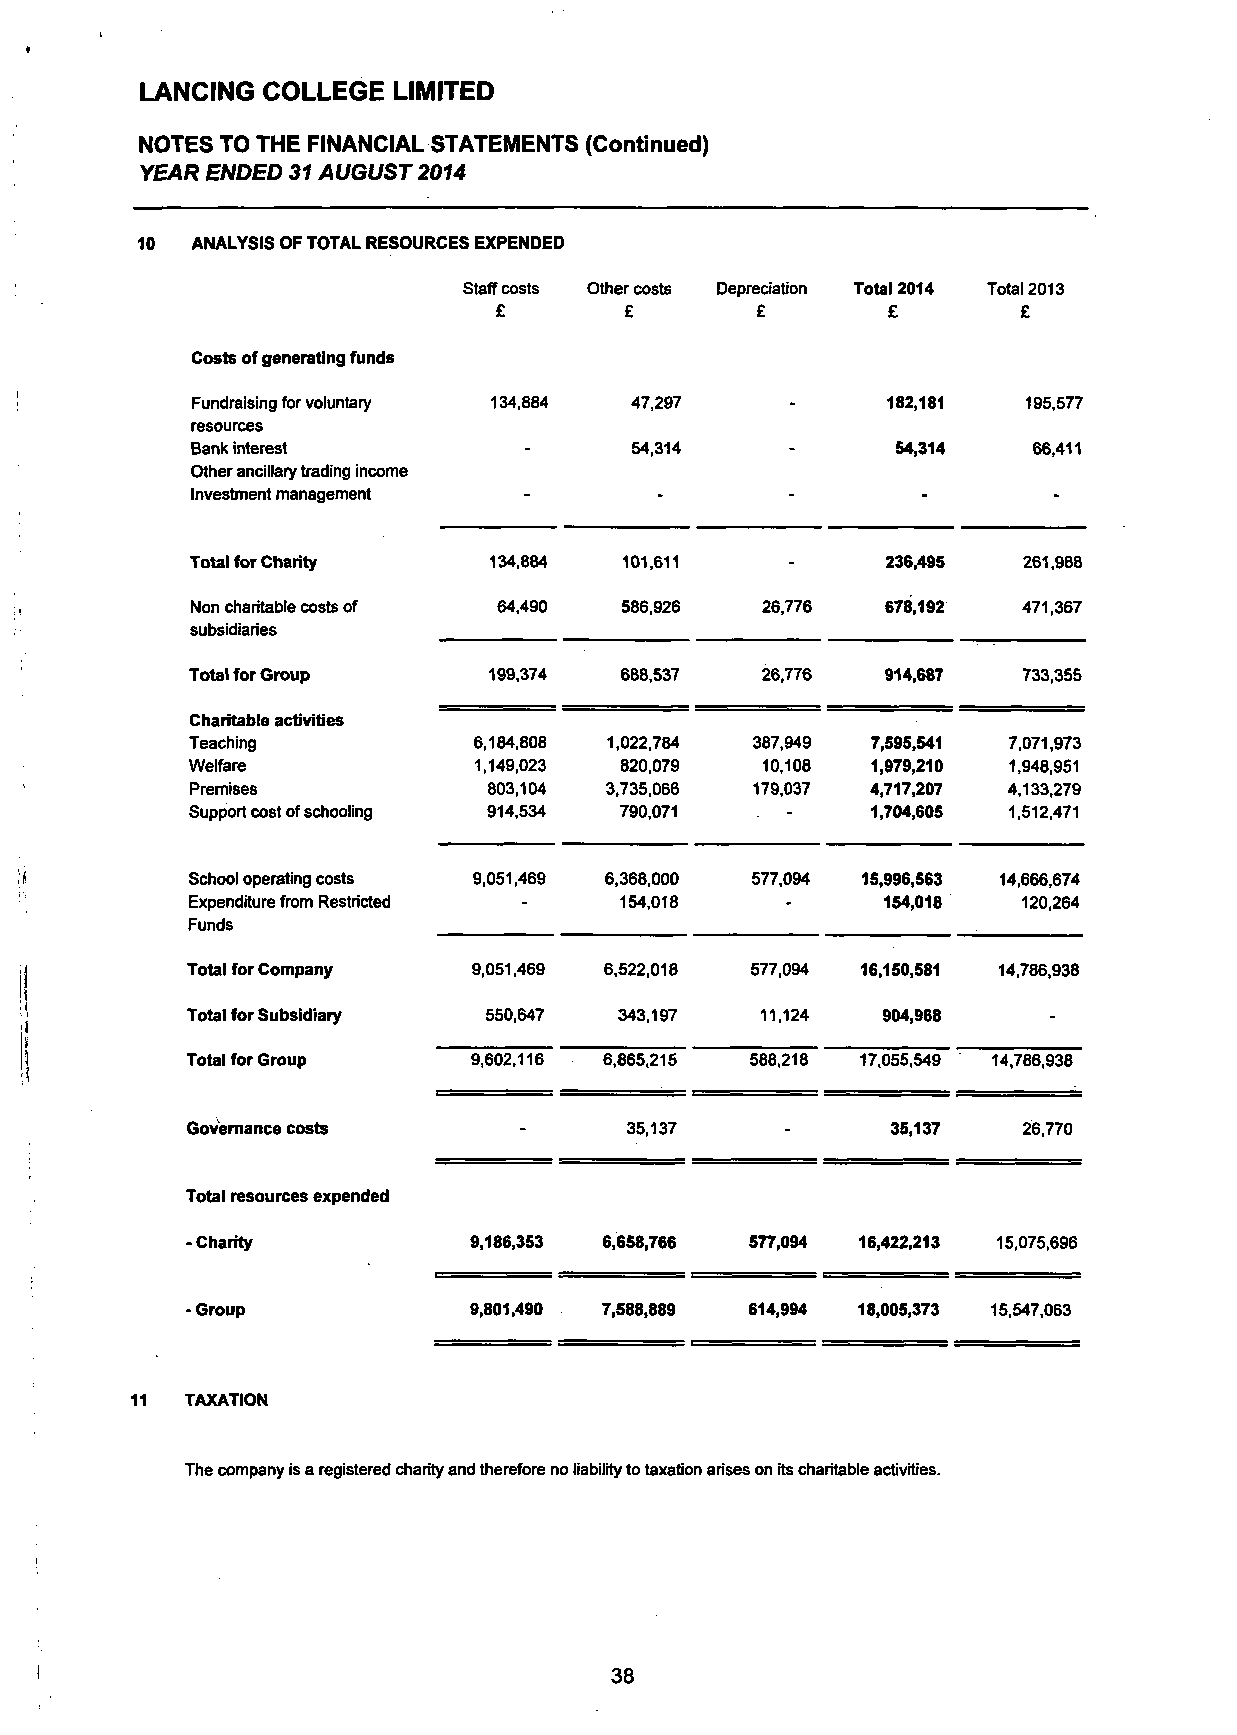
LANCING COLLEGE  LIMITED
 NOTES TO THE FINANCIAL STATEMENTS (Continued)
 YEAR ENDED 31 AUGUST 2014
 10  ANALYSIS OF TOTAL RESOURCES EXPENDED
 Staff costs Other costs Depreciation Total 2014 Total 2013
 £       £        £        £        £
 Costs of generating funds
 Fundraising for voluntary 134,884 47,297      182,181  195,577
 resources
 Bank interest                54,314    -      54,314   66,411
 Other ancillary trading income
 Investment management
 Total for Charity  134,884  101,611    -      236,495  261,988
 Non charitable costs of 64,490 586.926 26,776 678,192  471,367
 subsidiaries
 Total for Group    199,374  688,537  26,776   914,687  733,355
 Charitable activities
 Teaching          6,184,808 1,022,784 387.949 7,595,541 7,071,973
 Welfare           1,149,023 820,079  10,108  1,979,210 1,948,951
 •
 Premises           803,104 3,735,066 179,037 4,717,207 4,133,279
 Support cost of schooling 914,534 790,071    1,704,605 1,512,471
 School operating costs 9,051,469 6.368,000 577,094 15,996,563 14,666,674
 Expenditure from Restricted  154,018          154,018   120,264
 Funds
 I         Total for Company  9,051,469 6,522,018 577.094 16,150,581 14,786,938
 i
 <         Total for Subsidiary 550,647 343,197  11,124  904,968    -
 i
 5         Total for Group    9,602.116 6,865,215 588,218 17,055,549 14,786,938
 I
 Governance costs      -      35,137     -      35,137   26,770
 Total resources expended
 - Charity          9,186,353 6,658,766 577,094 16,422,213 15,075,696
 -Group             9,801,490 7,588,889 614,994 18,005,373 15,547,063
 11 TAXATION
 The company is a registered charity and therefore no liability to taxation arises on its charitable activities.
 38